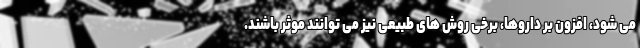
می شود، افزون بر داروها، برخی روش های طبیعی نیز می توانند موثر باشند.